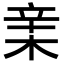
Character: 𣓀